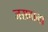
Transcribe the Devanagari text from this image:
जसवाना